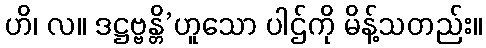
ဟိ၊ လ။ ဒဋ္ဌဗ္ဗန္တိ’ဟူသော ပါဌ်ကို မိန့်သတည်း။